Sanitation, dispensaries and jails vaccination Rajputana 1922-1927 - 1922-1927
Year: 1922
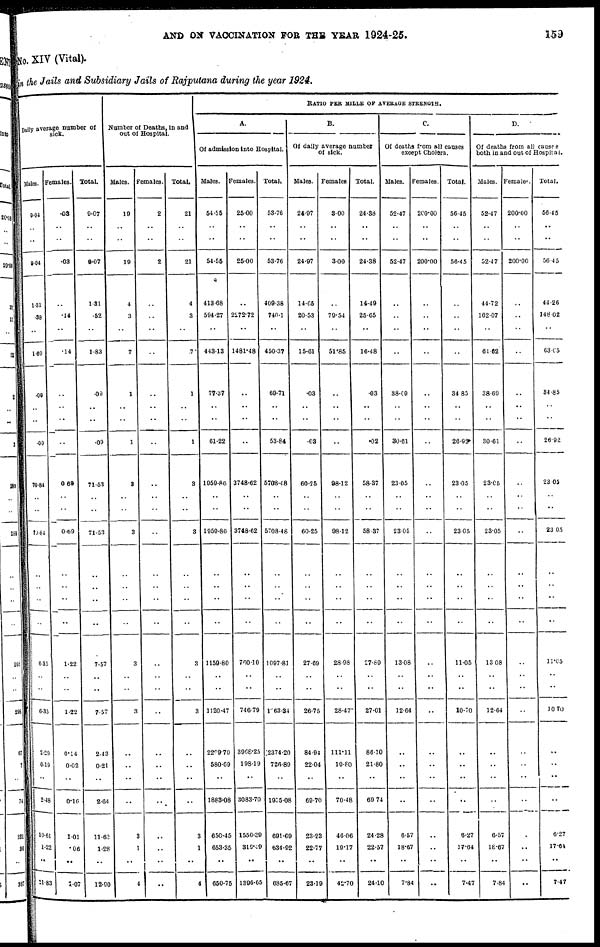
AND ON VACCINATION FOR THE YEAR 1924-25.
159
No. XIV (Vital).
in the Jails and Subsidiary Jails of Rajputana during the year 1924.
Daily average number of
sick.
Males.
9.04
..
..
9.04
1.31
.38
..
1. 69
.09
..
..
.09
70.84
..
..
70.84
..
6.35
..
..
6.35
2.20
0.19
..
2.48
10.61
1.22
..
11.83
Females.
.03
..
..
.03
..
.14
..
.14
..
..
..
..
0.69
..
..
0.69
..
1.22
..
..
1.22
0.14
0.02
..
0.16
1.01
.06
..
1.07
Total.
9.07
..
..
9.07
1.31
.52
..
1.83
.09
..
..
.09
71.53
..
..
71.53
..
7.57
..
..
7.57
2.43
0.21
..
2.64
11.62
1.28
..
12.90
Number of Deaths, in and
out of Hospital.
Males.
19
..
..
19
4
3
..
7
1
..
..
1
3
..
..
3
..
3
..
..
3
..
..
..
..
3
1
..
4
Females.
2
..
..
2
..
..
..
..
..
..
..
..
..
..
..
..
..
..
..
..
..
..
..
..
..
..
..
..
..
Total.
21
..
..
21
4
3
..
.7
1
..
..
1
3
..
..
3
..
3
..
..
3
..
..
..
..
3
1
..
4
RATIO PER MILLE OF AVERAGE STRENGTH.
A.
Of admission into Hospital.
Males.
54.55
..
..
54.55
413.68
594.27
..
443.13
77.37
..
..
61.22
1959.86
..
..
1959.86
..
1159.80
..
..
1120.47
2299.70
580.69
..
1883.08
650.45
653.35
..
650.75
Females.
25.00
..
..
25.00
..
2272.72
..
1481.48
..
..
..
..
3748.62
..
..
3748.62
..
760.10
..
..
746.79
3968.25
198.19
..
3083.70
1550.39
319.49
..
1396.65
Total.
53.76
..
..
53.76
409.38
740.1
..
450.37
69.71
..
..
53.84
5708.48
..
..
5708.48
..
1097.81
..
..
1063.34
2374.20
726.89
..
1035.08
691.09
634.92
..
085.67
B.
Of daily average number
of sick.
Males.
24.97
..
..
24.97
14.05
20.53
..
15.01
.03
..
..
.03
60.25
..
..
60.25
..
27.09
..
..
26.75
84.94
22.04
..
69.70
23.23
22.77
..
28.19
Females
3.00
..
..
3.00
..
79.54
..
51.85
..
..
..
..
98.12
..
..
98.12
..
28.98
..
..
28.477
111.11
19.80
..
70.48
46.06
19.17
..
42.70
Total.
24.38
..
..
24.38
14.49
25.65
..
16.48
.03
..
..
.02
58.37
..
..
58.37
..
27.89
..
..
27.01
86.10
21.80
..
60.74
24.28
22.57
..
24.10
C.
Of deaths from all causes
except Cholera.
Males.
52.47
..
..
52.47
..
..
..
..
38.09
..
..
30.61
23.05
..
..
23.05
..
13.08
..
..
12.64
..
..
..
..
6.57
18.67
..
7.84
Females.
200.00
..
..
200.00
..
..
..
..
..
..
..
..
..
..
..
..
..
..
..
..
..
..
..
..
..
..
..
..
..
Total.
56.45
..
..
56.45
..
..
..
..
34.85
..
..
26.92
23.05
..
..
23.05
..
11.05
..
..
10.70
..
..
..
..
6.27
17.64
..
7.47
D.
Of deaths from all causes
both in and out of Hospital.
Males.
52.47
..
..
52.47
44.72
162.07
..
61.62
38.69
..
..
30.61
23.05
..
..
23.05
..
13.08
..
..
12.64
..
..
..
..
6.57
18.67
..
7.84
Females.
200.00
..
..
200.00
..
..
..
..
..
..
..
..
..
..
..
..
..
..
..
..
..
..
..
..
..
..
..
..
..
Total.
56.45
..
..
56.45
44.26
148.02
..
63.05
84.85
..
..
26.92
23.05
..
..
23.05
..
11.05
..
..
10.70
..
..
..
..
6.27
17.64
..
7.47